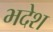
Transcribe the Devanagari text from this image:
भदेश